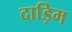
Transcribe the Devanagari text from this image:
दाड़िम